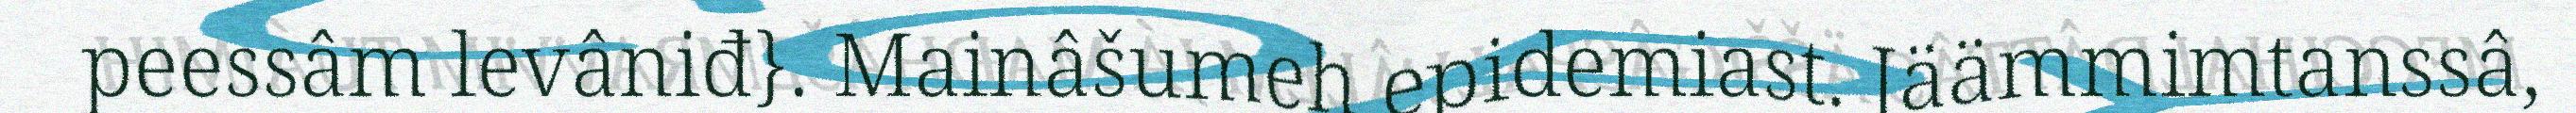
peessâm levâniđ}. Mainâšumeh epidemiast. Jäämmimtanssâ,